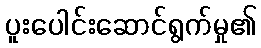
ပူးပေါင်းဆောင်ရွက်မှု၏